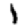
Digit: 1